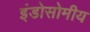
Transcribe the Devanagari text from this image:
इंडोसोमीय